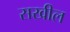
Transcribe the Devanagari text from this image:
सखील